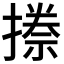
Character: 𭢏